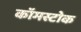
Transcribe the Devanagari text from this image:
कॉमस्टोक